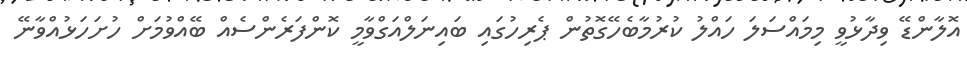
އޮލާންޑޭ ވިދާޅުވީ މިމައްސަލަ ހައްލު ކުރުމާބެހޭގޮތުން ޕެރިހުގައި ބައިނަލްއަގްވާމީ ކޮންފަރެންސެއް ބޭއްވުމަށް ހުށަހަޅުއްވާނޭ